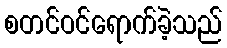
စတင်ဝင်ရောက်ခဲ့သည်